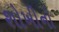
શોખીનો